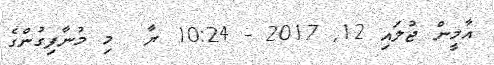
އާމީން ޖުލައި 12